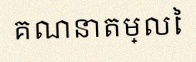
គណនាតម្លៃ